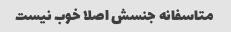
متاسفانه جنسش اصلا خوب نیست